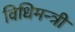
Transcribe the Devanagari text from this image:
विधिमन्त्री